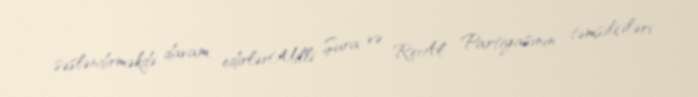
səsləndirməkdə davam edirlərMilli Şura və ReAl Partiyasının təmsilçiləri